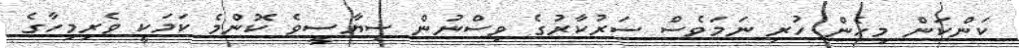
ކަންކަން މިހެން ހުރި ނަމަވެސް ސަރުކާރުގެ ވިސްނުން ސިޔާސީވެ ކޮންމެ ކަމަކީ ވެރިމިހާގެ